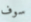
سوف